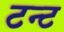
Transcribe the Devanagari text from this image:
टन्ट